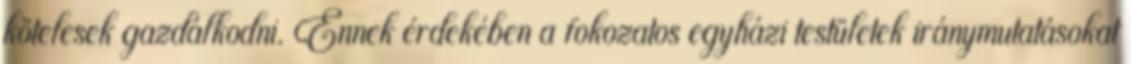
kötelesek gazdálkodni. Ennek érdekében a fokozatos egyházi testületek iránymutatásokat